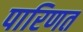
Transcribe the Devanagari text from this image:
पारिणत